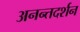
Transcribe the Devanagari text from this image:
अनन्तदर्शन